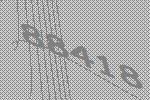
88418